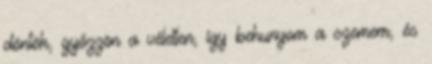
döntök, győzzön a véletlen, így behunyom a szemem, és